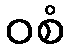
ဝစံ